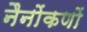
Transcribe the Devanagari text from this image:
नैनोंकणों